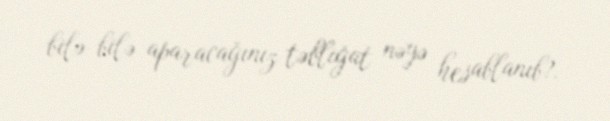
bilə-bilə aparacağınız təbliğat nəyə hesablanıb?.